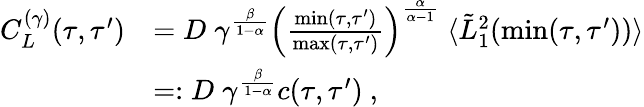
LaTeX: \begin{array}{rl}{C_{L}^{(\gamma)}(\tau,\tau^{\prime})}&{=D\; \gamma^{\frac{\beta}{1-\alpha}}\left(\frac{\operatorname*{min}(\tau,\tau^{\prime})}{\operatorname*{max}(\tau,\tau^{\prime})}\right)^{\frac{\alpha}{\alpha-1}}\; \langle\tilde{L}_{1}^{2}(\operatorname*{min}(\tau,\tau^{\prime}))\rangle}\\ &{=:D\; \gamma^{\frac{\beta}{1-\alpha}}c(\tau,\tau^{\prime})\ ,}\end{array}